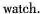
watch.